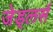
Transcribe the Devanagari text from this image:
जेड्लर्स